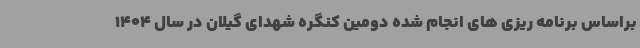
براساس برنامه ریزی های انجام شده دومین کنگره شهدای گیلان در سال 1404